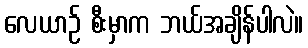
လေယာဉ် စီးမှာက ဘယ်အချိန်ပါလဲ။